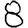
Digit: 8